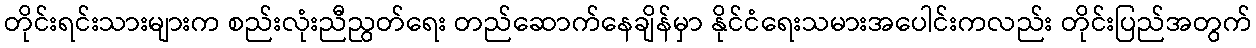
တိုင်းရင်းသားများက စည်းလုံးညီညွတ်ရေး တည်ဆောက်နေချိန်မှာ နိုင်ငံရေးသမားအပေါင်းကလည်း တိုင်းပြည်အတွက်